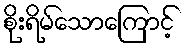
စိုးရိမ်သောကြောင့်